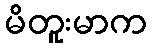
မိတူးမာက